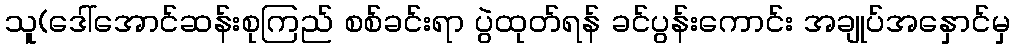
သူ(ဒေါ်အောင်ဆန်းစုကြည် စစ်ခင်းရာ ပွဲထုတ်ရန် ခင်ပွန်းကောင်း အချုပ်အနှောင်မှ